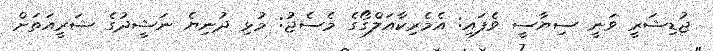
ޖުޑިޝަރީ ވަނީ ސިޔާސީ ވެފައި: އެމެރިކާއަލްގޯގެ މެސެޖު: މުޅި ދުނިޔެ ނަޝީދުގެ ޝަރީއަތަށް